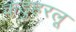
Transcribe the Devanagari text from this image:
कडुहरलू